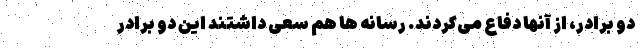
دو برادر، از آنها دفاع می‌کردند. رسانه ها هم سعی داشتند این دو برادر